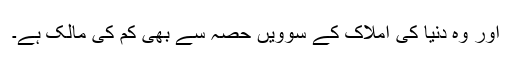
اور وہ دنیا کی املاک کے سوویں حصہ سے بھی کم کی مالک ہے۔